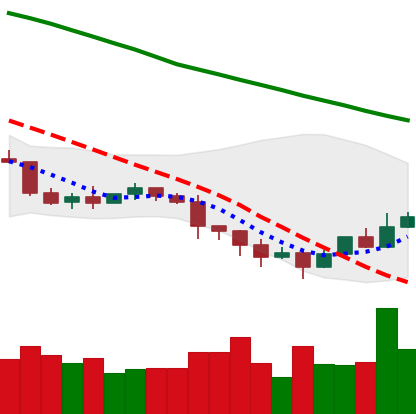
Ticker: ETC-USD
Chart end date: 2022-01-15
Forward return: -11.289%
Label: down_7plus